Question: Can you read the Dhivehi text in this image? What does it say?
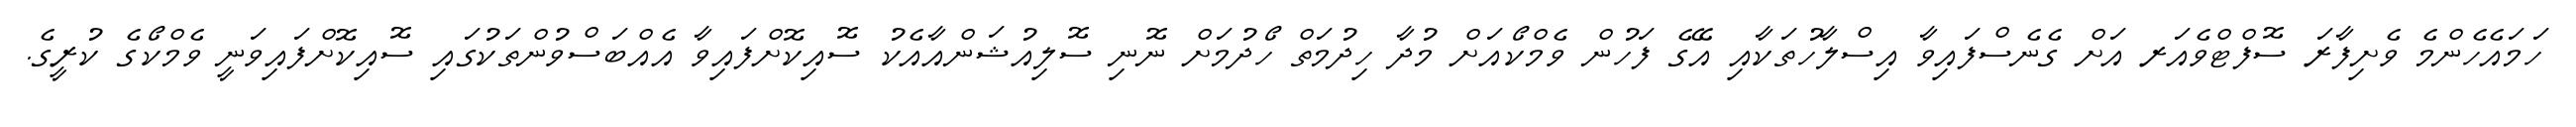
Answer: ހަމައެހެންމެ ވެށިފާރަ ސޮފްޓްވެއަރ އަށް ގެނެސްފައިވާ އިސްލާހުތަކާއި އޭގެ ފަހުން ވެމްކޯއަށް މުދާ ހިދުމަތް ހޯދުމަށް ނޮނި ސޮލިއުޝަންއާއެކު ސޮއިކޮށްފައިވާ އެއްބަސްވުންތަކުގައި ސޮއިކޮށްފައިވަނީ ވެމްކޯގެ ކުރީގެ.